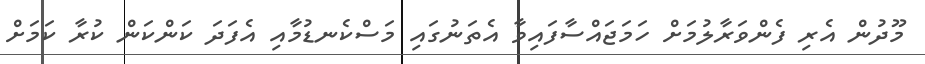
މޫދުން އެރި ފެންވަރާލުމަށް ހަމަޖައްސާފައިވާ އެތަނުގައި މަސްކެނޑުމާއި އެފަދަ ކަންކަން ކުރާ ކަމަށް